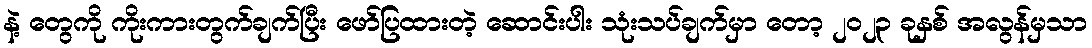
နဲ့ တွေကို ကိုးကားတွက်ချက်ပြီး ဖော်ပြထားတဲ့ ဆောင်းပါး သုံးသပ်ချက်မှာ တော့ ၂၀၂၃ ခုနှစ် အလွန်မှသာ